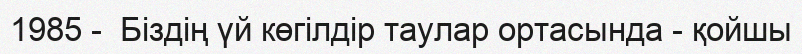
1985 -  Біздің үй көгілдір таулар ортасында - қойшы